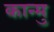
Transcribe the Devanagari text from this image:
कान्मु